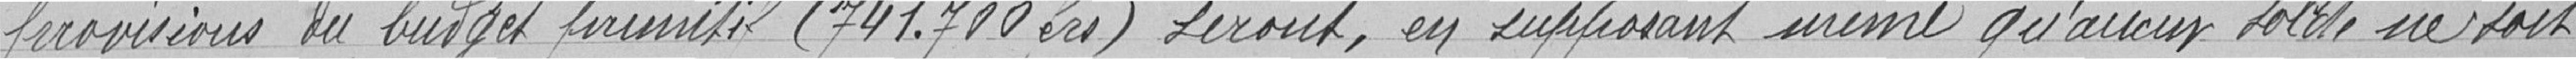
provisions du budget primitif (741.700 francs) seront, en supposant qu'aucun solde ne soit